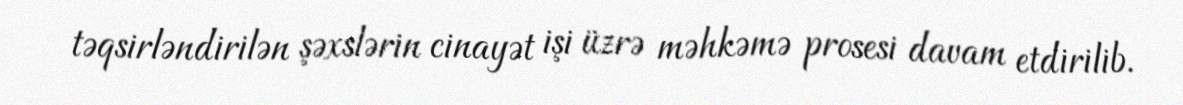
təqsirləndirilən şəxslərin cinayət işi üzrə məhkəmə prosesi davam etdirilib.